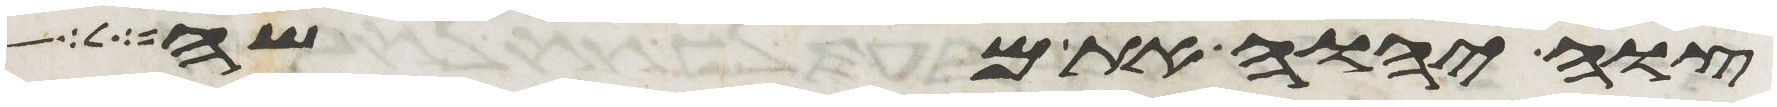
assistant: צוה יהוה את משה